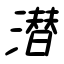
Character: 潜